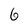
Character: 6